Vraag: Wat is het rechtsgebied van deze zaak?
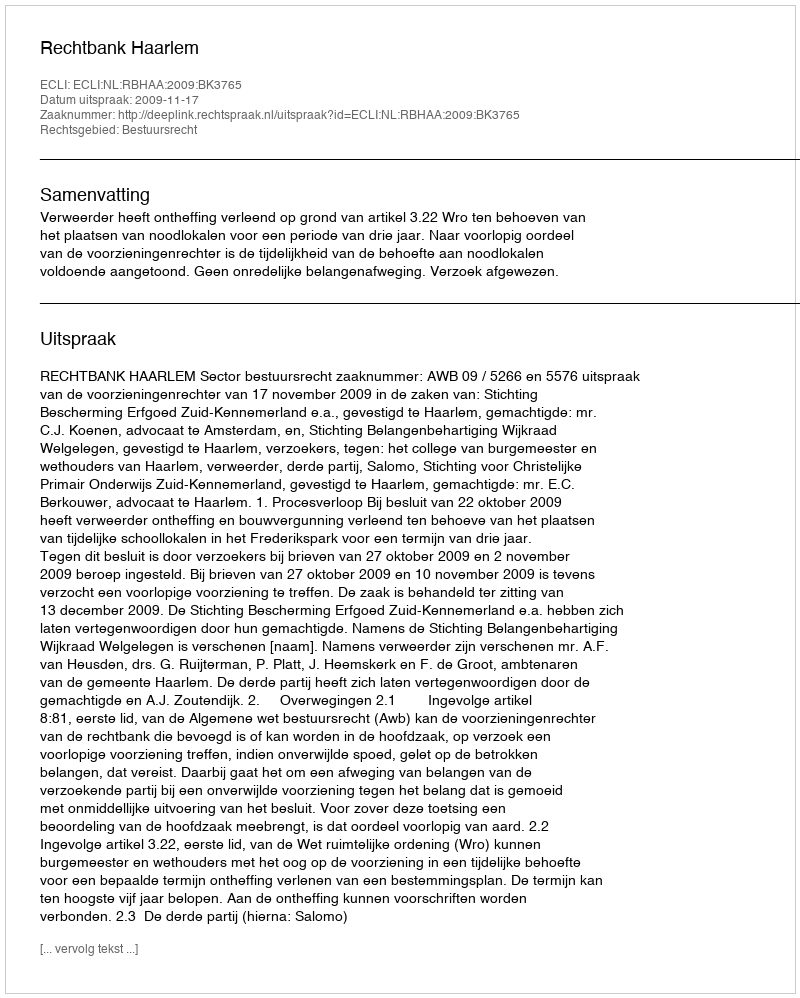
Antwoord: Bestuursrecht